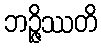
ဘဉ္ဇိဿတိ